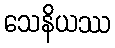
သေနိယဿ